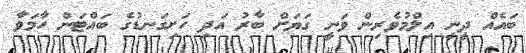
ބައެއް ދީނީ އިލްމުވެރިން ވަނީ ގަޔަށް ބާރު އަދި ހަށިގަނޑުގެ ބައްޓަން ހާމަވާ